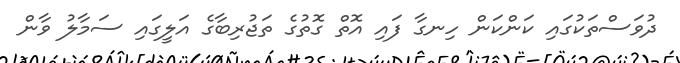
ދުވަސްތަކުގައި ކަންކަން ހިނގާ ފައި އޮތް ގޮތުގެ ތަޖުރިބާގެ އަލީގައި ސަމާލު ވާން